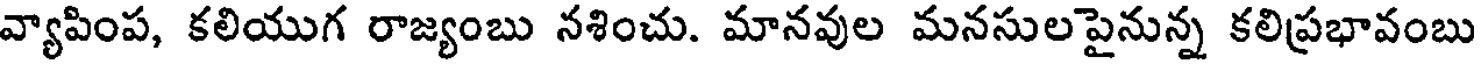
వ్యాపింప, కలియుగ రాజ్యంబు నశించు. మానవుల మనసులపైనున్న కలిప్రభావంబు